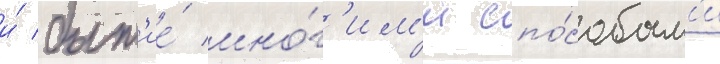
и́ быт'ие́ мно́г'им'и спо́собам'и